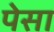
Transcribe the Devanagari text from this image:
पेसा